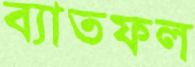
ব্যাতফল